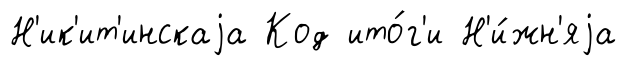
Н'ик'ит'инскаjа Код ито́г'и Н'и́жн'яjа